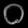
Digit: ၀